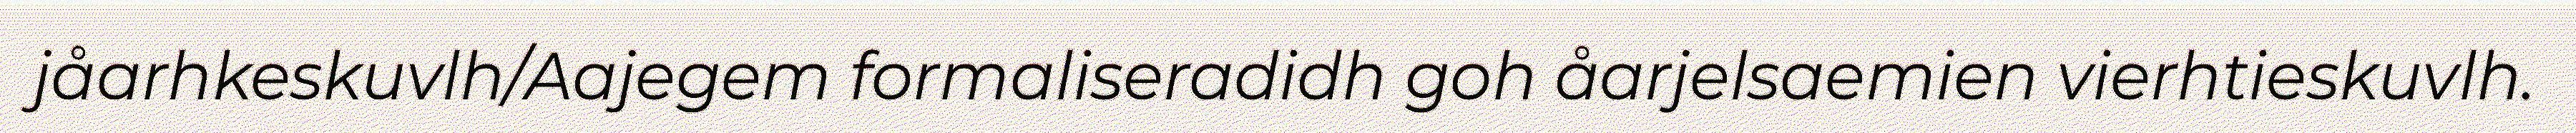
jåarhkeskuvlh/Aajegem formaliseradidh goh åarjelsaemien vierhtieskuvlh.